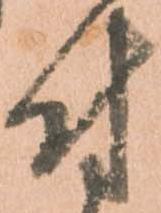
付